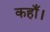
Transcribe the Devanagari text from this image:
कहाँ।